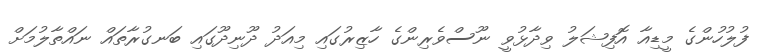
ފުލުހުންގެ މީޑިއާ އޮފިޝަލު ވިދާޅުވީ ނޫސްވެރިންގެ ހާޒިރުގައި މިއަދު ދޫނިދޫގައި ބަނގުރާތައް ނައްތާލުމަށް